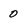
Character: 0